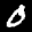
Label: 0